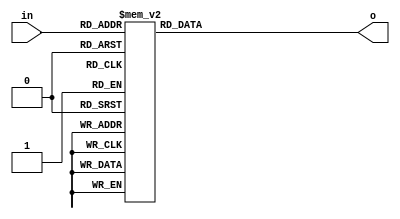
module lab4 ( input [3:0]in, output reg [6:0]o);




//o[6] = section g, o[5] = section f, o[4] = section e, o[3] = section d, o[2] = section c, o[1] = section b, o[0] = section a


always @ (*)
case (in)
	4'h0: o[6:0] = 7'b1000000; // digit 0
	4'h1: o[6:0] = 7'b1111001; // digit 1
	4'h2: o[6:0] = 7'b0100100; // digit 2
	4'h3: o[6:0] = 7'b0110000; // digit 3
	4'h4: o[6:0] = 7'b0011001; // digit 4
	4'h5: o[6:0] = 7'b0010010; // digit 5
	4'h6: o[6:0] = 7'b0000010; // digit 6
	4'h7: o[6:0] = 7'b1111000; // digit 7
	4'h8: o[6:0] = 7'b0000000; // digit 8
	4'h9: o[6:0] = 7'b0011000; // digit 9
	4'ha: o[6:0] = 7'b0001000; // digit A
	4'hb: o[6:0] = 7'b0000011; // digit b
	4'hc: o[6:0] = 7'b1000110; // digit C
	4'hd: o[6:0] = 7'b0100001; // digit d
	4'he: o[6:0] = 7'b0000110; // digit E
	4'hf: o[6:0] = 7'b0001110; // digit F
endcase
endmodule